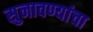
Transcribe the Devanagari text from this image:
सुनावण्यांचा